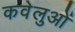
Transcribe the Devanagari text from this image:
कवेलुओं